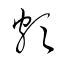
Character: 頗